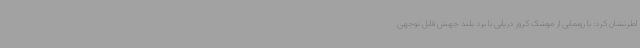
اطرنشان کرد: با رونمایی از موشک کروز دریایی با برد بلند جهش قابل توجهی